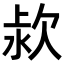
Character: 𣢻